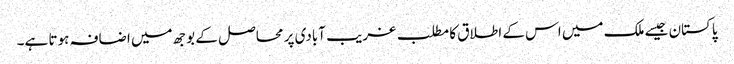
پاکستان جیسے ملک میں اس کے اطلاق کا مطلب غریب آبادی پر محاصل کے بوجھ میں اضافہ ہوتا ہے۔